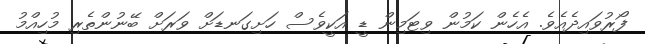
ފޯރުވައިދެއެވެ. އެހެން ކަމުން ވިޓަމިން ޑީ އަކީވެސް ހަށިގަނޑަށް ވަރަށް ބޭނުންތެރި މުހިއްމު